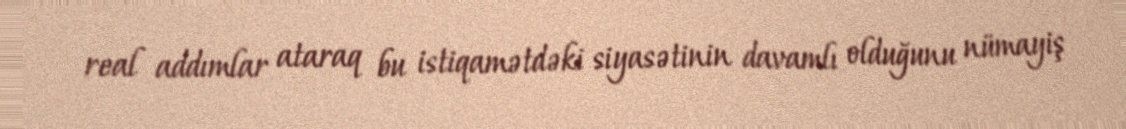
real addımlar ataraq bu istiqamətdəki siyasətinin davamlı olduğunu nümayiş